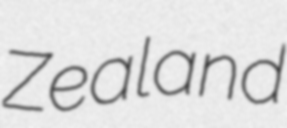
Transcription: Zealand